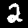
Digit: 2